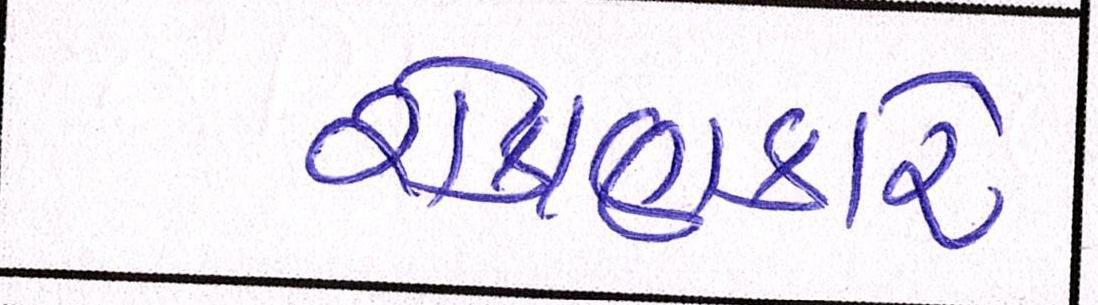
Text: રોકાણકારે